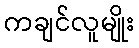
ကချင်လူမျိုး